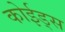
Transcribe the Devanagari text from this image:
कोईड्स